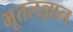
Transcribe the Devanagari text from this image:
भूतलज्ञान